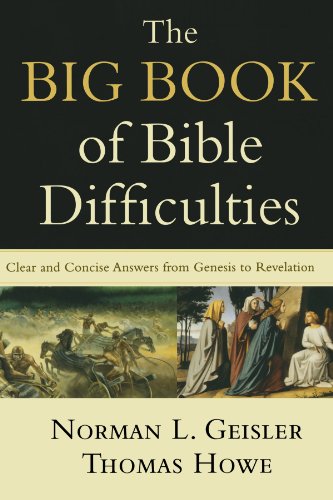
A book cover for The Big Book of Bible Difficulties: Clear and Concise Answers from Genesis to Revelation; Norman L. Geisler; Christian Books & Bibles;